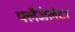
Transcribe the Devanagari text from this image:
फ्लैजेलेटा